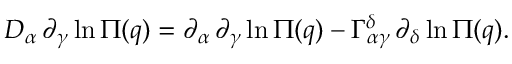
D _ { \alpha } \, \partial _ { \gamma } \ln \Pi ( q ) = \partial _ { \alpha } \, \partial _ { \gamma } \ln \Pi ( q ) - \Gamma _ { \alpha \gamma } ^ { \delta } \, \partial _ { \delta } \ln \Pi ( q ) .